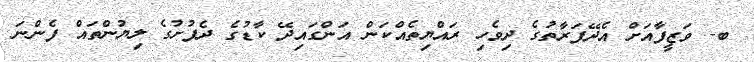
ބ- ވަޒީފާއަށް އެދޭފަރާތުގެ ދިވެހި ރައްޔިތެއްކަން އަންގައިދޭ ކާޑުގެ ދެފުށުގެ ލިޔުންތައް ފެންނަ